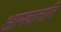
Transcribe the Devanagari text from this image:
आमवातादि